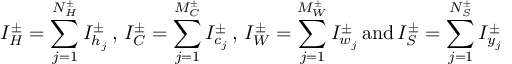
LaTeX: I _ { H } ^ { \pm } = \sum _ { j = 1 } ^ { N _ { H } ^ { \pm } } I _ { h _ { j } } ^ { \pm } \, , \, I _ { C } ^ { \pm } = \sum _ { j = 1 } ^ { M _ { C } ^ { \pm } } I _ { c _ { j } } ^ { \pm } \, , \, I _ { W } ^ { \pm } = \sum _ { j = 1 } ^ { M _ { W } ^ { \pm } } I _ { w _ { j } } ^ { \pm } \, \mathrm { a n d } \, I _ { S } ^ { \pm } = \sum _ { j = 1 } ^ { N _ { S } ^ { \pm } } I _ { y _ { j } } ^ { \pm }